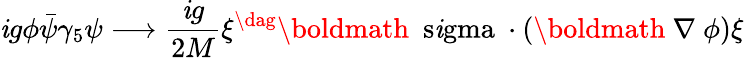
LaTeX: \mathit{i}g\phi\bar{{\psi}}\gamma_{5}\psi\longrightarrow\frac{{\mathit{i}g}}{{2M}}\xi^{\dag}\mathrm{{\boldmath~\ s\mathit{i}gma~}}\cdot(\mathrm{{\boldmath~\nabla~}}\phi)\xi